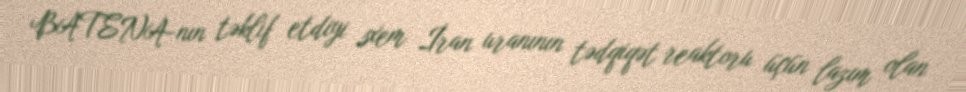
BATENA-nın təklif etdiyi sxem İran uranının tədqiqət reaktoru üçün lazım olan